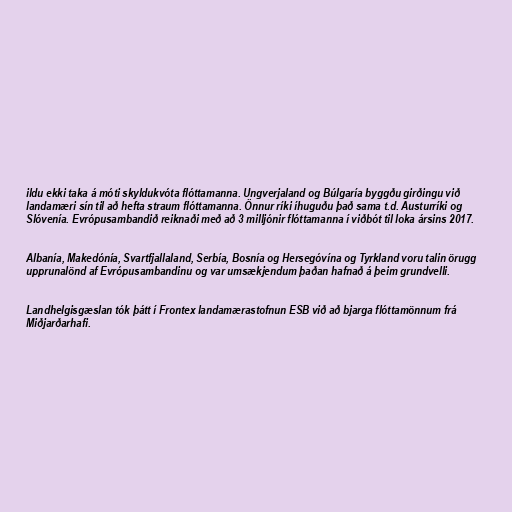
ildu ekki taka á móti skyldukvóta flóttamanna. Ungverjaland og Búlgaría byggðu girðingu við
landamæri sín til að hefta straum flóttamanna. Önnur ríki íhuguðu það sama t.d. Austurríki og
Slóvenía. Evrópusambandið reiknaði með að 3 milljónir flóttamanna í viðbót til loka ársins 2017.

Albanía, Makedónía, Svartfjallaland, Serbía, Bosnía og Hersegóvína og Tyrkland voru talin örugg
upprunalönd af Evrópusambandinu og var umsækjendum þaðan hafnað á þeim grundvelli.

Landhelgisgæslan tók þátt í Frontex landamærastofnun ESB við að bjarga flóttamönnum frá
Miðjarðarhafi.